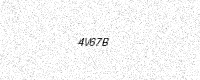
Text: 4V67B